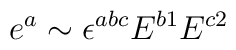
e^a \sim \epsilon^{a b c} E^{b 1} E^{c 2}